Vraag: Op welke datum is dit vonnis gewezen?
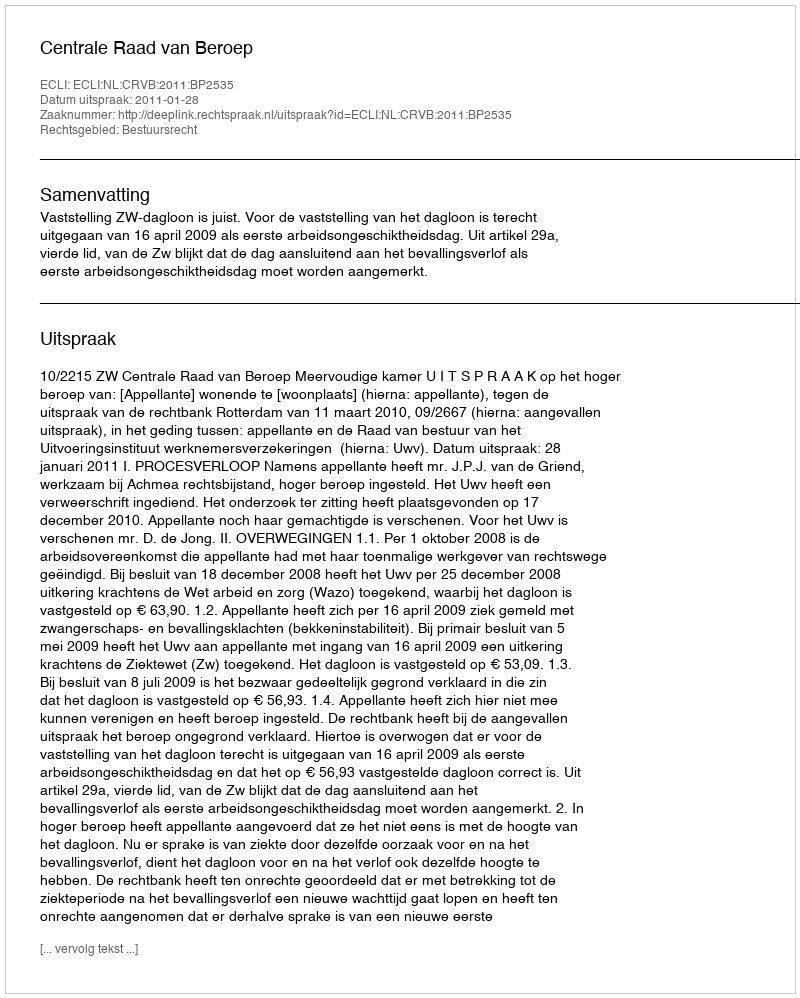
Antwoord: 2011-01-28